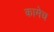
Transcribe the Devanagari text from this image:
कामेच